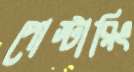
পোস্টারিং